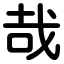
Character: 哉